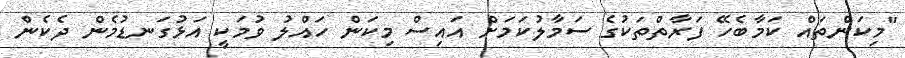
"މިކަންތައް ކަމާބެހޭ ފަރާތްތަކުގެ ސަމާލުކަމަށް އައިސް މިކަން ހައްލު ވުމަކީ އަޅުގަނޑުމެން ދެކެން